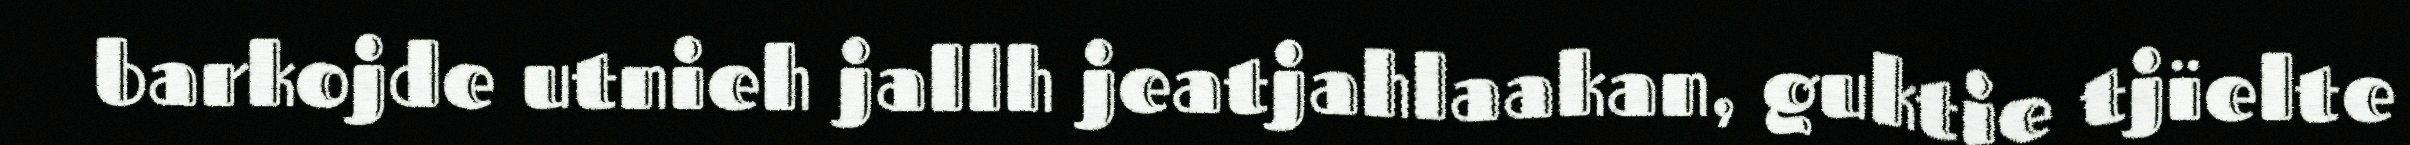
barkojde utnieh jallh jeatjahlaakan, guktie tjïelte